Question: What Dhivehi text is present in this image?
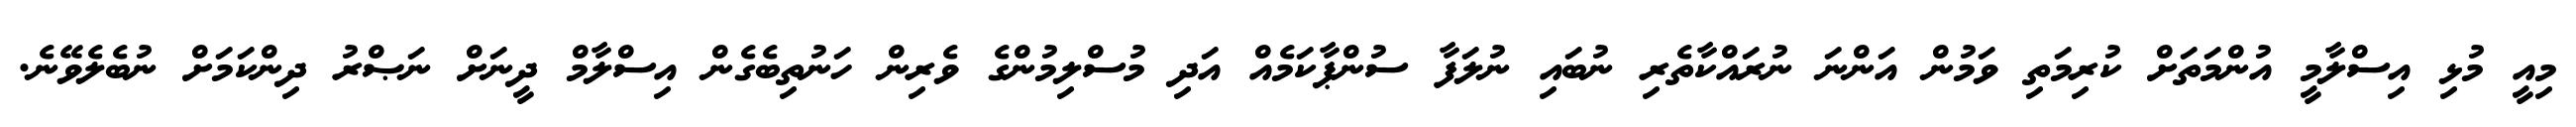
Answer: މިއީ މުޅި އިސްލާމީ އުންމަތަށް ކުރިމަތި ވަމުން އަންނަ ނުރައްކާތެރި ނުބައި ނުލަފާ ސުންޕާކަމެއް އަދި މުސްލިމުންގެ ވެރިން ހަނުތިބެގެން އިސްލާމް ދީނަށް ނަޞްރު ދިންކަމަށް ނުބެލެވޭނެ.